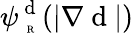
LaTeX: \psi_{\mathrm{~\tiny~R~}}^{\mathrm{~d~}}(|\nabla\mathrm{~d~}|)